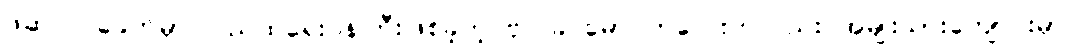
ဖဆပလခေတ်မှာ ပြည်ထဲရေးဝန်ကြီးဖြစ်ခဲ့တဲ့ ဗိုလ်ခင်မောင်ကလေးကလည်း အမျိုးသားကျောင်းမှာ